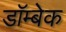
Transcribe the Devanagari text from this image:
डॉम्बेक